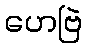
ဟေဗြဲ